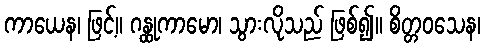
ကာယေန၊ ဖြင့်။ ဂန္ထုကာမော၊ သွားလိုသည် ဖြစ်၍။ စိတ္တဝသေန၊